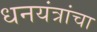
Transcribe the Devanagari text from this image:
धनयंत्रांचा